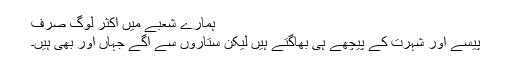
ہمارے شعبے میں اکثر لوگ صرف
پیسے اور شہرت کے پیچھے ہی بھاگتے ہیں لیکن ستاروں سے آگے جہاں اور بھی ہیں۔